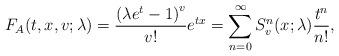
LaTeX: \begin{align*}F_{A}(t,x,v;\lambda )=\frac{\left( \lambda e^{t}-1\right) ^{v}}{v!}e^{tx}=\sum_{n=0}^{\infty }S_{v}^{n}(x;\lambda )\frac{t^{n}}{n!},\end{align*}